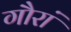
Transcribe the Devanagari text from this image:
गौरां